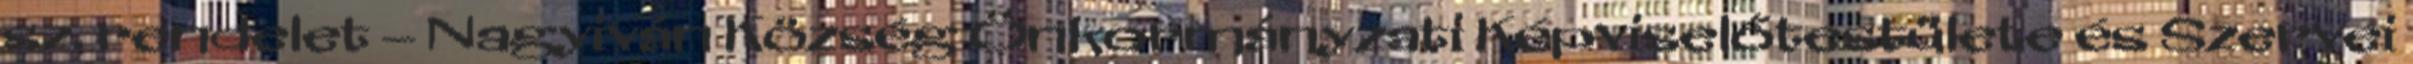
sz. rendelet – Nagyiván Község Önkormányzati Képviselőtestülete és Szervei